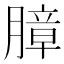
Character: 𰗍